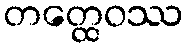
တတ္ထေဝဿ